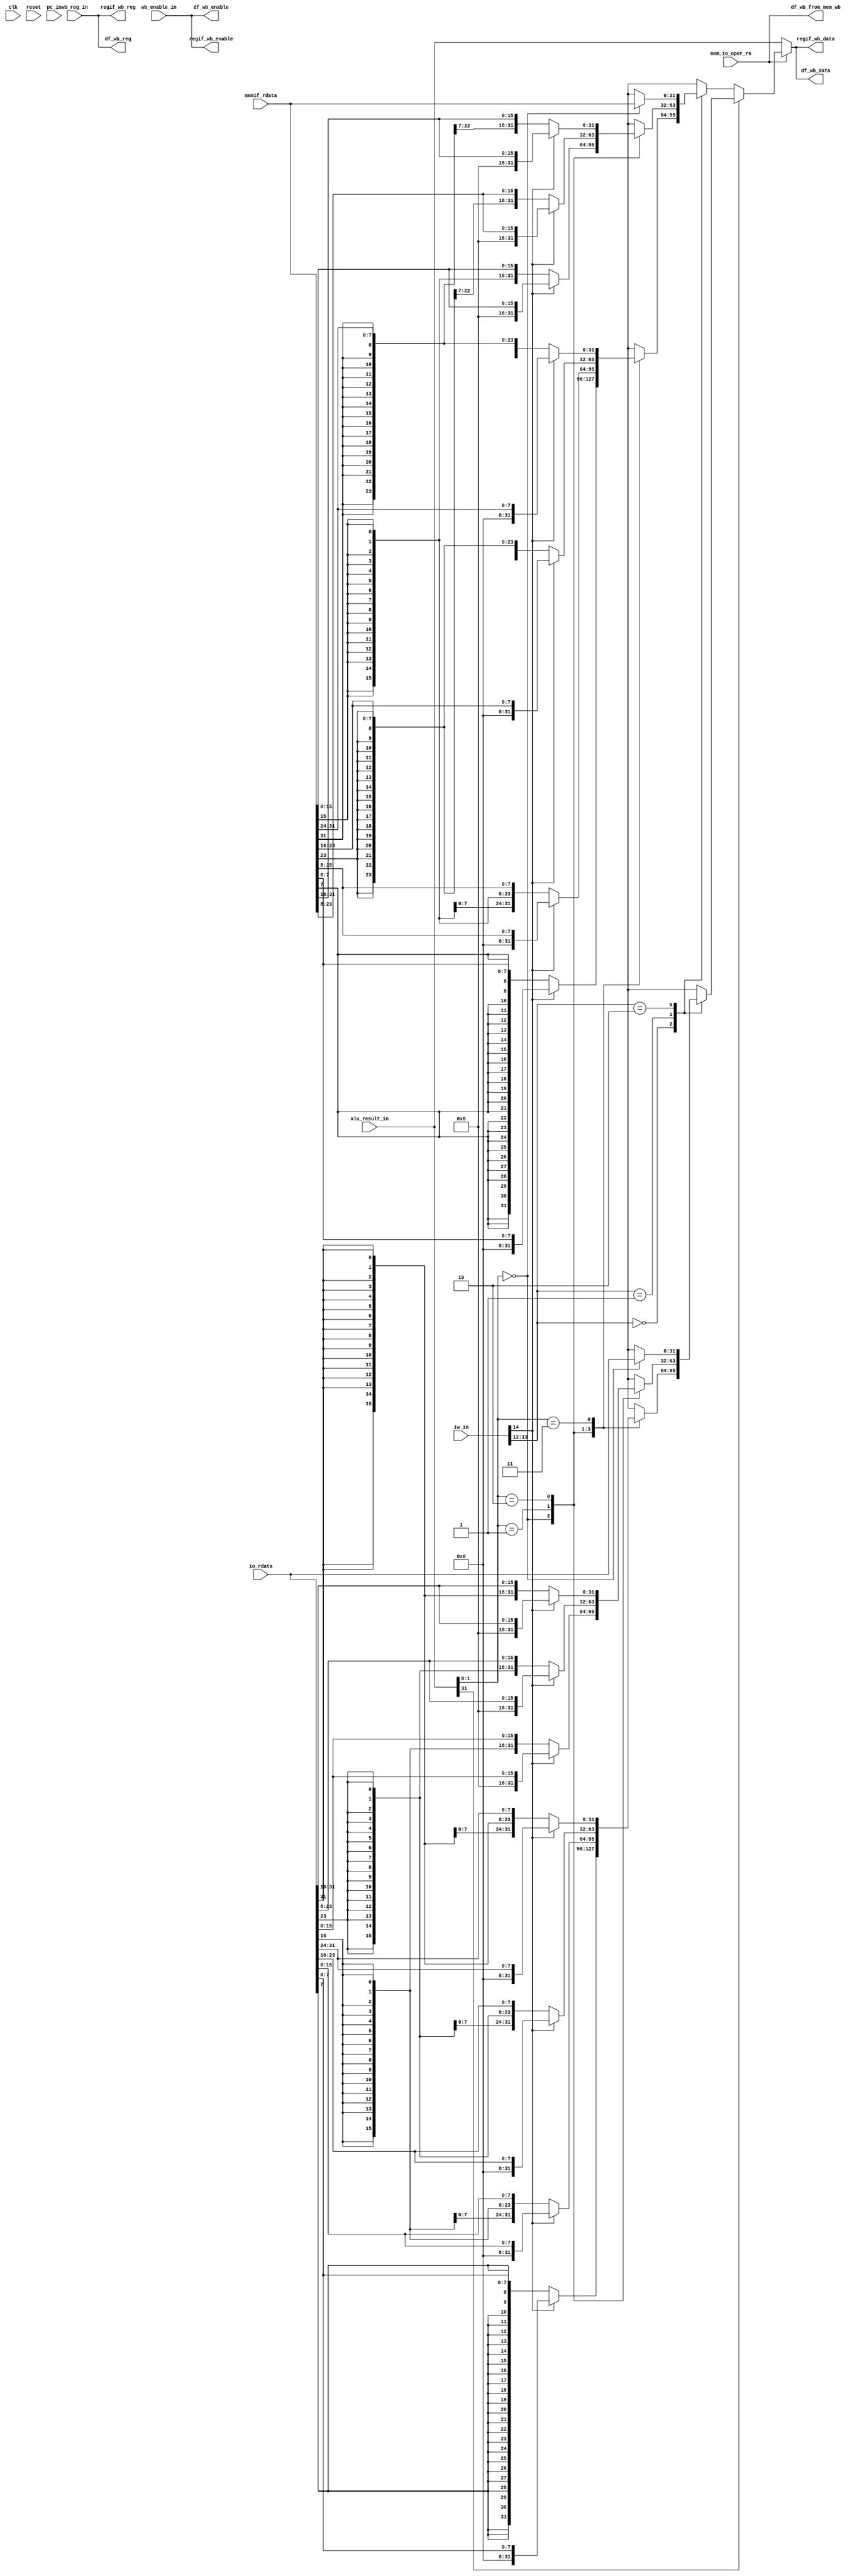
module rv32_wb_top
(
	// system clock and synchronous reset
	input 				clk								,
	input 				reset								,
	// from mem
	input 	[31:0] 	pc_in								,
	input 	[31:0] 	iw_in								,
	input 	[31:0] 	alu_result_in					,
	input 	[4:0] 	wb_reg_in						,
	input 				wb_enable_in					,
	input		[31:0]	memif_rdata						,
	input		[31:0]	io_rdata							,
	input 				mem_io_oper_re					,
	// register interface
	output 				regif_wb_enable				,
	output 	[4:0] 	regif_wb_reg					,
	output 	[31:0] 	regif_wb_data					,
	
	// Load Hazard detection to EX stage
	output 				df_wb_from_mem_wb				,
	
	//to id stage for data hazard detection 
	output				df_wb_enable					,
	output	[4:0]		df_wb_reg						,	//This will be connected to EX stage also for load hazard 
	output 	[31:0]	df_wb_data							//This will be connected to EX stage also for load hazard 
);

	wire				signed_0_unsigned_1			;
	wire 	[1:0]		width								; 
	wire	[1:0]		byte_addr						;
	reg 	[31:0] 	alu_result_out_comb			;

	assign width					=	iw_in[13:12]														;//funct3[1:0]
	assign signed_0_unsigned_1	=	iw_in[14]															;//funct3[2]
	assign byte_addr				=	alu_result_in[1:0]												;//Last two bits of memory address
	
	
		
	//comb block to differentiate between the actual ALU data and memory data 
	always @(*)
	begin
		if(mem_io_oper_re)
		begin
			if(alu_result_in[31])
				alu_result_out_comb	<=	Load_rd_data(io_rdata,width,byte_addr,signed_0_unsigned_1)	;
			else
				alu_result_out_comb	<=	Load_rd_data(memif_rdata,width,byte_addr,signed_0_unsigned_1)	;
		end
		else
			alu_result_out_comb	<=	alu_result_in	;
	end
	
	
	assign regif_wb_enable	=	wb_enable_in			;
	assign regif_wb_reg		=	wb_reg_in				;
	assign regif_wb_data		=	alu_result_out_comb	;//alu_result_in		;
	
	assign df_wb_enable		=	wb_enable_in			;
	assign df_wb_reg			=	wb_reg_in				;	
	assign df_wb_data			=	alu_result_out_comb	;//alu_result_in		;
	
	assign df_wb_from_mem_wb	=	mem_io_oper_re		;
			
	/////////////////////////////////////////////////////////
	//////Functions 
	/////////////////////////////////////////////////////////	
	
	function [31:0] 	Load_rd_data			;//function name 
		input [31:0] 	d_rdata					;//memory data 
		input [1:0]		width 					;//differentionation b/w byte ,half word and word 
		input [1:0]		byte_addr 				;//indicates which bytes to be loaded during the LB,LH,LBU,LHU
		input 			signed_0_unsigned_1	;//signed or unsigned load 
		
		parameter BYTE 	= 2'd0	;
		parameter H_WORD 	= 2'd1	;
		parameter WORD 	= 2'd2	;
	begin
		case(width)
			BYTE:
					case(byte_addr)
							2'd0:
							begin
								if(signed_0_unsigned_1)
									Load_rd_data	= {{24{1'b0}},d_rdata[7:0]}	;
								else
									Load_rd_data	= {{24{d_rdata[7]}},d_rdata[7:0]}	;
							end 
							2'd1:
							begin
								if(signed_0_unsigned_1)
									Load_rd_data	= {{24{1'b0}},d_rdata[15:8]}	;
								else
									Load_rd_data	= {{24{d_rdata[15]}},d_rdata[15:8]}	;
							end 
							2'd2:
							begin
								if(signed_0_unsigned_1)
									Load_rd_data	= {{24{1'b0}},d_rdata[23:16]}	;
								else
									Load_rd_data	= {{24{d_rdata[23]}},d_rdata[23:16]}	;
							end 
							2'd3:
							begin
								if(signed_0_unsigned_1)
									Load_rd_data	= {{24{1'b0}},d_rdata[31:24]}	;
								else
									Load_rd_data	= {{24{d_rdata[31]}},d_rdata[31:24]}	;
							end 
					endcase 
					
			H_WORD:
					case(byte_addr)
							2'd0:
							begin
								if(signed_0_unsigned_1)
									Load_rd_data	= {{16{1'b0}},d_rdata[15:0]}	;
								else
									Load_rd_data	= {{16{d_rdata[15]}},d_rdata[15:0]}	;
							end 
							2'd1:
							begin
								if(signed_0_unsigned_1)
									Load_rd_data	= {{16{1'b0}},d_rdata[23:8]}	;
								else
									Load_rd_data	= {{16{d_rdata[23]}},d_rdata[23:8]}	;
							end 
							2'd2:
							begin
								if(signed_0_unsigned_1)
									Load_rd_data	= {{16{1'b0}},d_rdata[31:16]}	;
								else
									Load_rd_data	= {{16{d_rdata[31]}},d_rdata[31:16]}	;
							end 
					endcase 
					
			WORD	:
					case(byte_addr)
							2'd0:Load_rd_data	= d_rdata	;//for WORD 
					endcase 
		endcase
	end 
	endfunction

endmodule